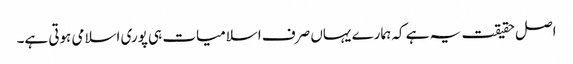
اصل حقیقت یہ ہے کہ ہمارے یہاں صرف اسلامیات ہی پوری اسلامی ہوتی ہے۔